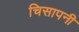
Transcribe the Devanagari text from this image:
चिसापनी